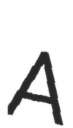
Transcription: A